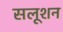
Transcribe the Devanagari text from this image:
सलूशन